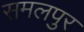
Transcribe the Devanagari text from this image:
समलपुर